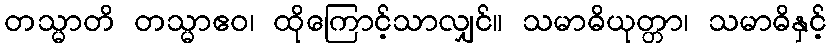
တသ္မာတိ တသ္မာဧဝ၊ ထိုကြောင့်သာလျှင်။ သမာဓိယုတ္တာ၊ သမာဓိနှင့်